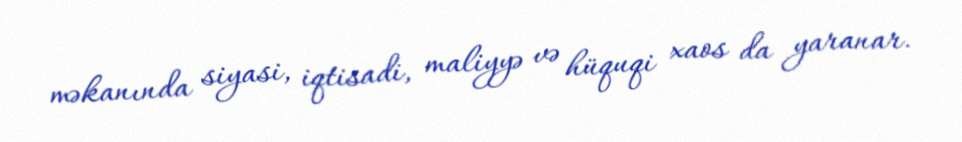
məkanında siyasi, iqtisadi, maliyyə və hüquqi xaos da yaranar.